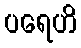
ပရေဟိ